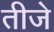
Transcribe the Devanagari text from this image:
तीजे